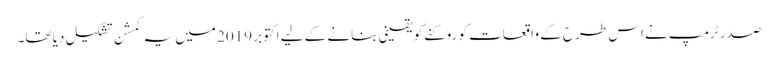
صدر ٹرمپ نے اس طرح کے واقعات کو روکنے کو یقینی بنانے کے لیے اکتوبر 2019 میں یہ کمشن تشکیل دیا تھا۔